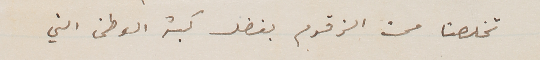
تخلصنا من الزقوم بفضل كبة الوطن التي